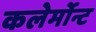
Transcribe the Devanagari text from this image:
कलेर्मोन्ट